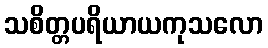
သစိတ္တပရိယာယကုသလော